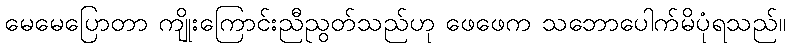
မေမေပြောတာ ကျိုးကြောင်းညီညွတ်သည်ဟု ဖေဖေက သဘောပေါက်မိပုံရသည်။